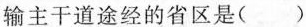
输主干道途经的省区是()